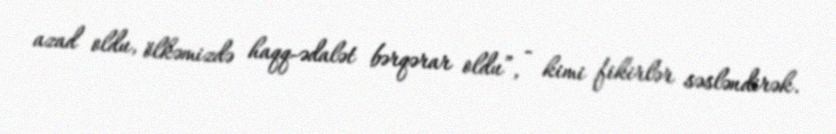
azad oldu, ölkəmizdə haqq-ədalət bərqərar oldu”, - kimi fikirlər səsləndirək.